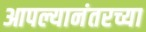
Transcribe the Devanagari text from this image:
आपल्यानंतरच्या